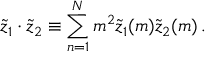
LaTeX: \tilde { z } _ { 1 } \cdot \tilde { z } _ { 2 } \equiv \sum _ { n = 1 } ^ { N } m ^ { 2 } \tilde { z } _ { 1 } ( m ) \tilde { z } _ { 2 } ( m ) \, .